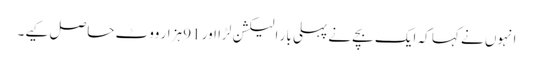
انہوں نے کہا کہ ایک بچے نے پہلی بار الیکشن لڑا اور 91 ہزار ووٹ حاصل کیے۔